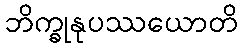
ဘိက္ခုနုပဿယောတိ